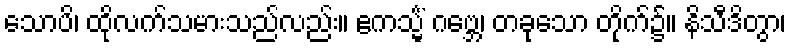
သောပိ၊ ထိုလက်သမားသည်လည်း။ ဧကသ္မိံ ဂဗ္ဘေ၊ တခုသော တိုက်၌။ နိသီဒိတွာ၊